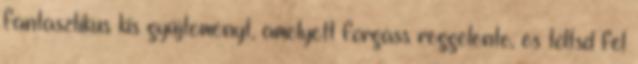
fantasztikus kis gyűjteményt, amelyett forgass reggelente, és töltsd fel